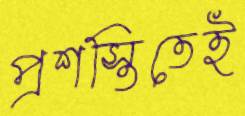
প্রশস্তিতেই